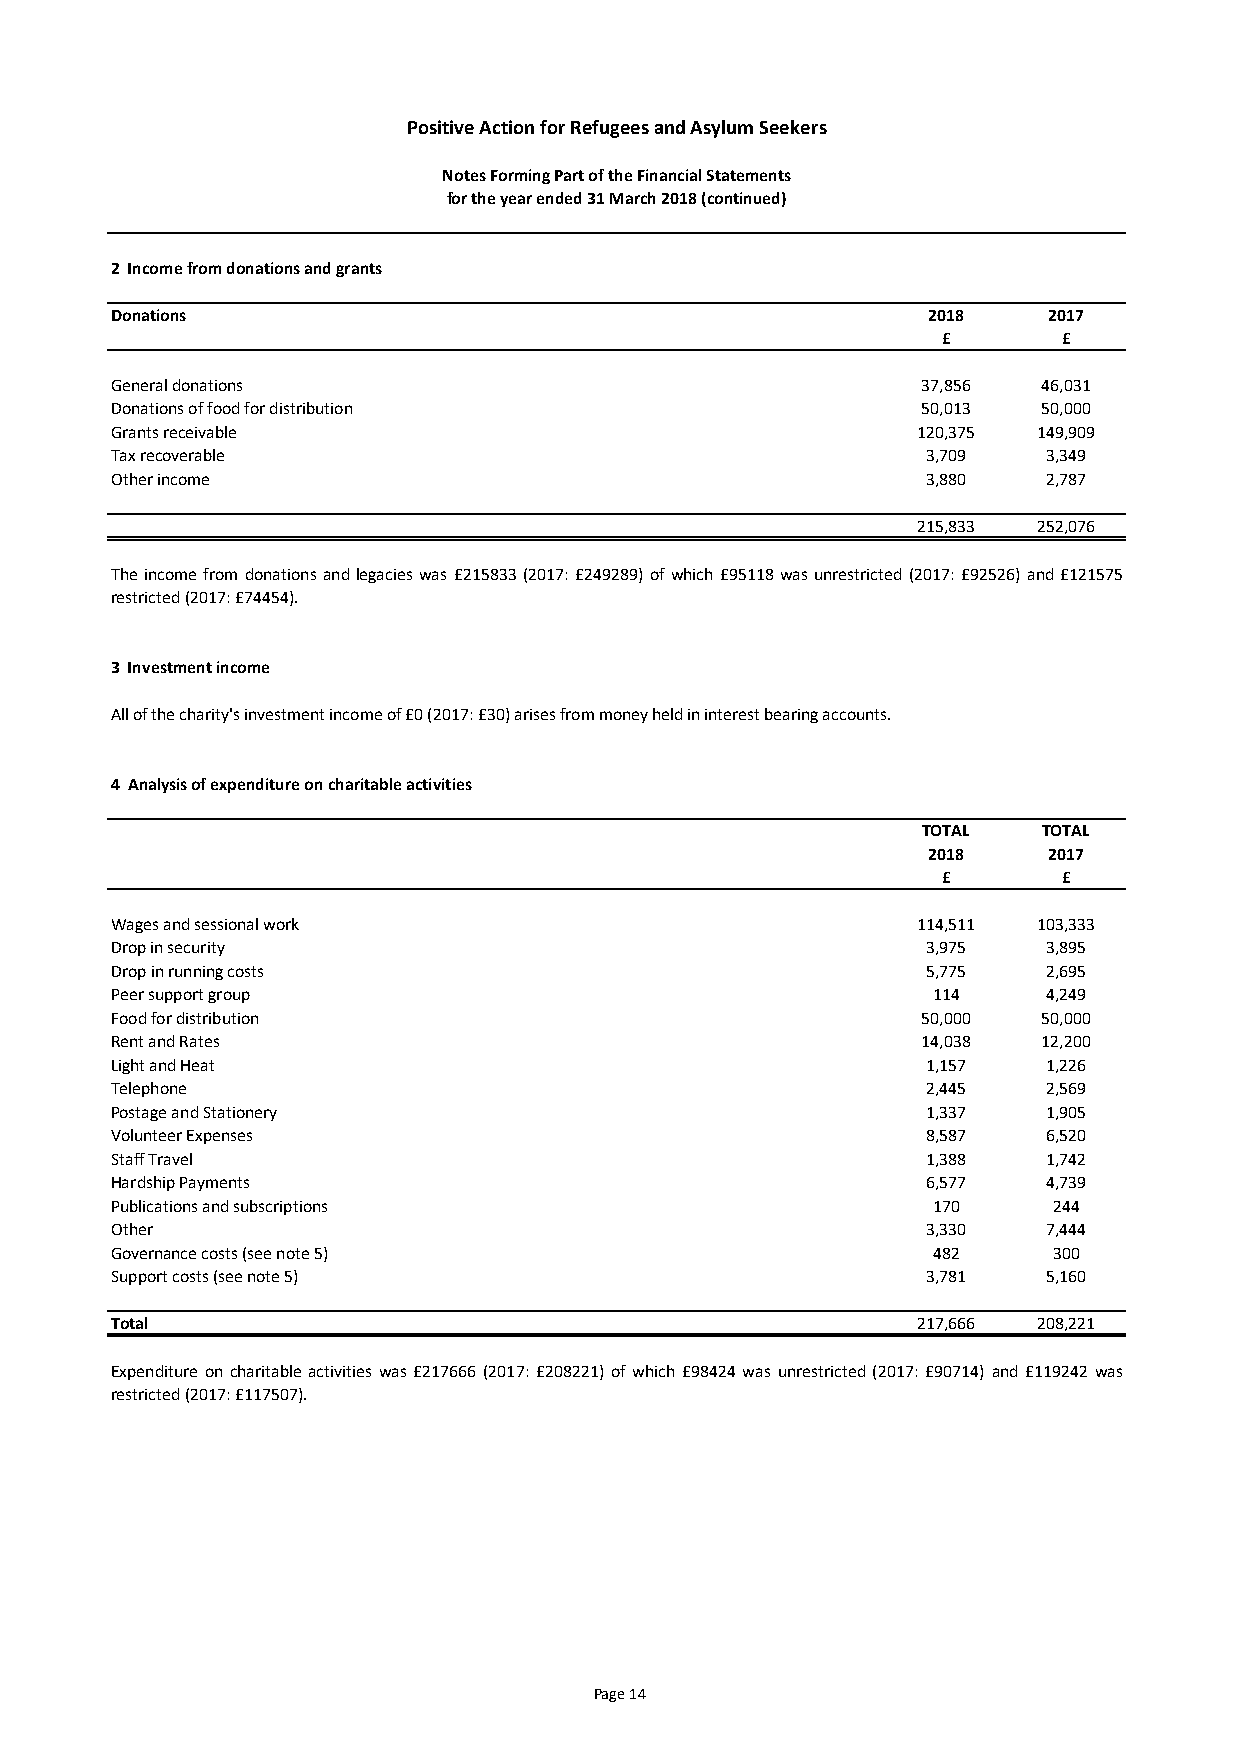
Positive Action for Refugees and Asylum Seekers
 Notes Forming Part of the Financial Statements
 for the year ended 31 March 2018 (continued)
 2 Income from donations and grants
 Donations                                             2018    2017
 £       £
 General donations                                     37,856  46,031
 Donations of food for distribution                    50,013  50,000
 Grants receivable                                     120,375 149,909
 Tax recoverable                                       3,709   3,349
 Other income                                          3,880   2,787
 215,833 252,076
 Theincomefrom donations andlegacies was £215833(2017: £249289)of which£95118 wasunrestricted (2017:£92526) and£121575
 restricted (2017: £74454).
 3 Investment income
 All of the charity's investment income of £0 (2017: £30) arises from money held in interest bearing accounts.
 4 Analysis of expenditure on charitable activities
 TOTAL   TOTAL
 2018    2017
 £       £
 Wages and sessional work                              114,511 103,333
 Drop in security                                      3,975   3,895
 Drop in running costs                                 5,775   2,695
 Peer support group                                     114    4,249
 Food for distribution                                 50,000  50,000
 Rent and Rates                                        14,038  12,200
 Light and Heat                                        1,157   1,226
 Telephone                                             2,445   2,569
 Postage and Stationery                                1,337   1,905
 Volunteer Expenses                                    8,587   6,520
 Staff Travel                                          1,388   1,742
 Hardship Payments                                     6,577   4,739
 Publications and subscriptions                         170     244
 Other                                                 3,330   7,444
 Governance costs (see note 5)                          482     300
 Support costs (see note 5)                            3,781   5,160
 Total                                                 217,666 208,221
 Expenditure on charitable activities was £217666 (2017: £208221) of which £98424 was unrestricted (2017: £90714) and £119242 was
 restricted (2017: £117507).
 Page 14